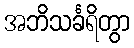
အဘိသင်္ခရိတွာ